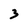
Character: 3